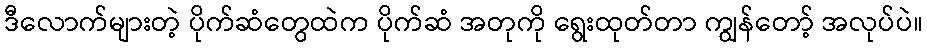
ဒီလောက်များတဲ့ ပိုက်ဆံတွေထဲက ပိုက်ဆံ အတုကို ရွေးထုတ်တာ ကျွန်တော့် အလုပ်ပဲ။